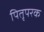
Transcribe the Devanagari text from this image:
पितृपरक